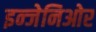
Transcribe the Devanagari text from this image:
इन्जेनिओर